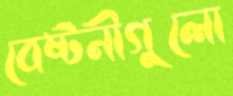
বেষ্টনীগুলো